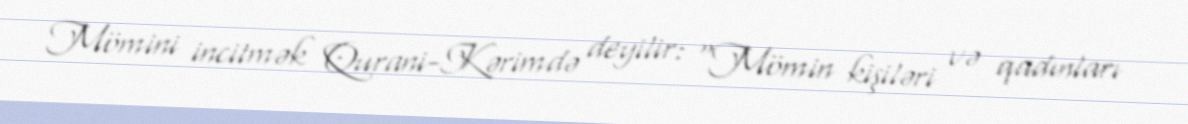
Mömini incitmək Qurani-Kərimdə deyilir: "Mömin kişiləri və qadınları